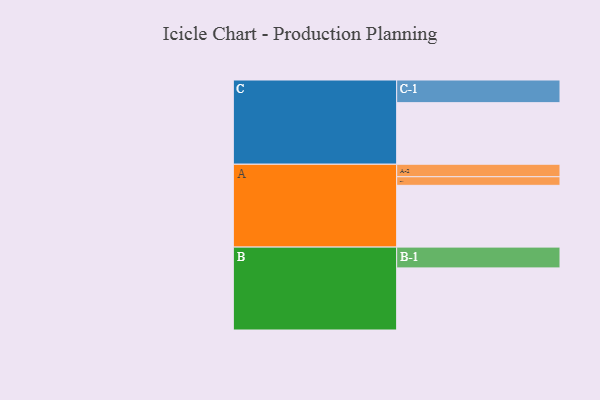
{"axis": {"x": "Segment", "y": "Value"}, "legend": ["", "A", "B", "C"], "data": [{"x": "A", "y": 589, "type": ""}, {"x": "B", "y": 592, "type": ""}, {"x": "C", "y": 587, "type": ""}, {"x": "A-1", "y": 82, "type": "A"}, {"x": "A-2", "y": 119, "type": "A"}, {"x": "B-1", "y": 198, "type": "B"}, {"x": "C-1", "y": 216, "type": "C"}]}